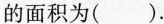
的面积为().